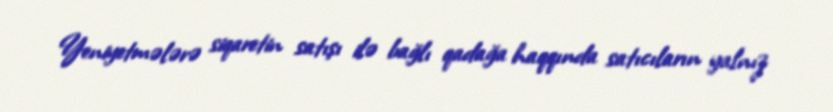
Yeniyetmələrə siqaretin satışı ilə bağlı qadağa haqqında satıcıların yalnız